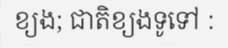
ខ្យង; ជាតិខ្យងទូទៅ :